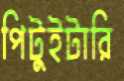
পিটুইটারি